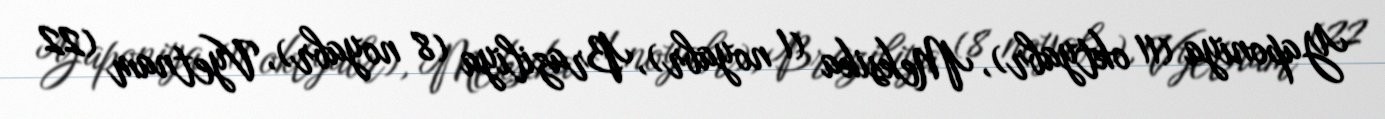
Yaponiya (11 oktyabr), Meksika (1 noyabr), Braziliya (8 noyabr), Vyetnam (22